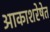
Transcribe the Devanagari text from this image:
आकाशरेषेत